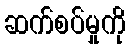
ဆက်စပ်မှုကို